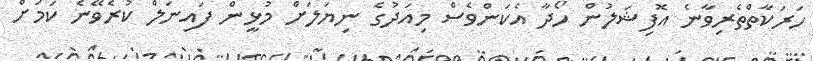
ހަރަކާތްތެރިވާނެ އޮފިޝަލުން ހޯދާ އެކަންވެސް މިއަދުގެ ނިޔަލަށް މުޅީން ފައިނަލް ކުރެވޭނެ ކަމަށް